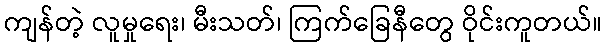
ကျန်တဲ့ လူမှုရေး၊ မီးသတ်၊ ကြက်ခြေနီတွေ ဝိုင်းကူတယ်။